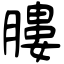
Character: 膢